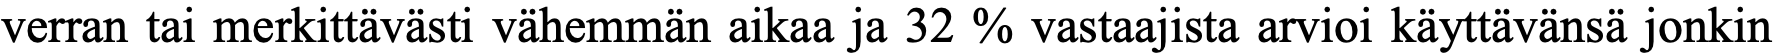
verran tai merkittävästi vähemmän aikaa ja 32 % vastaajista arvioi käyttävänsä jonkin